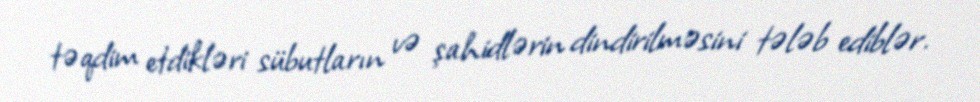
təqdim etdikləri sübutların və şahidlərin dindirilməsini tələb ediblər.